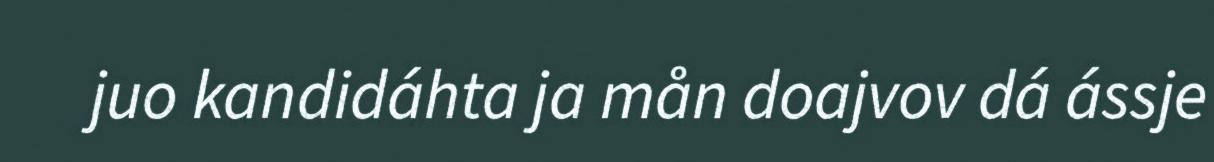
juo kandidáhta ja mån doajvov dá ássje